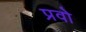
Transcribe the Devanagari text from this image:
प्रवो